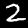
Label: 2